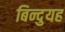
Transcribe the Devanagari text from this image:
बिन्दुयह